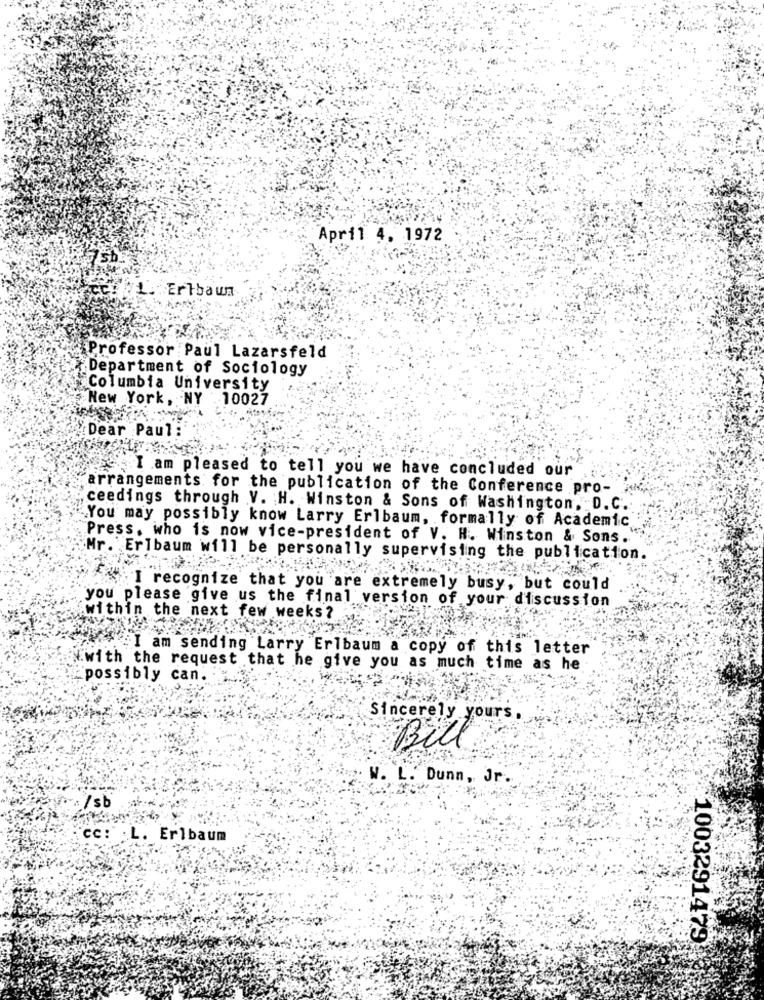
April 4. 1972
1. Eribaun
Professor Paul Lazarsfeld
Department of Sociology
Columbia University
New York, NY . 10027
Dear Paul :
I am pleased to tell you we have concluded our
arrangements for the publication of the Conference pro-
ceedings through V. H. Winston & Sons of Washington, D.C.
You may possibly know Larry Erlbaum, formally of Academic
Press, who is now vice-president of V. H. Winston & Sons.
Mr. Erlbaum will be personally supervising the publication.
&I recognize that you are extremely busy, but could
you please give us the final version of your discussion
within the next few weeks?
I am sending Larry Erlbaum a copy of this letter
with the request that he give you as much time as he
possibly can.
Sincerely yours.
Bill
w. L. Dunn, Jr.
0a/sb
cc:"L. Erlbaum
1003291479